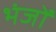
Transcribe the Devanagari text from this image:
भंजों